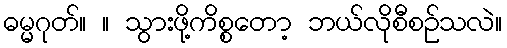
ဓမ္မဂုတ်။ ။ သွားဖို့ကိစ္စတော့ ဘယ်လိုစီစဉ်သလဲ။